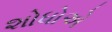
શોધોએ